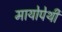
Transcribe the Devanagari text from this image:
मायोपेथी